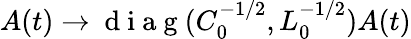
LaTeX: A(t)\rightarrow\mathrm{~d~i~a~g~}(C_{0}^{-1/2},L_{0}^{-1/2})A(t)